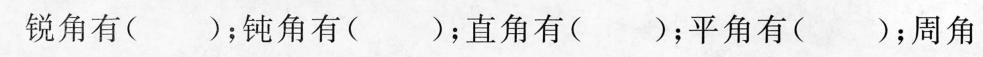
锐角有( )；钝角有( )；直角有( )；平角有( )；周角